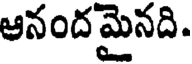
అనంద మైనది.